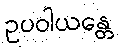
ဥပဝါယန္တေ